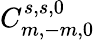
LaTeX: C_{m,-m,0}^{s,s,0}